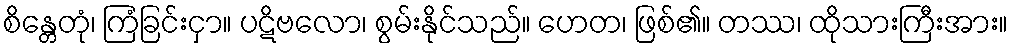
စိန္တေတုံ၊ ကြံခြင်းငှာ။ ပဋိဗလော၊ စွမ်းနိုင်သည်။ ဟေတ၊ ဖြစ်၏။ တဿ၊ ထိုသားကြီးအား။